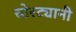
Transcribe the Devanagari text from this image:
चोरट्यानी